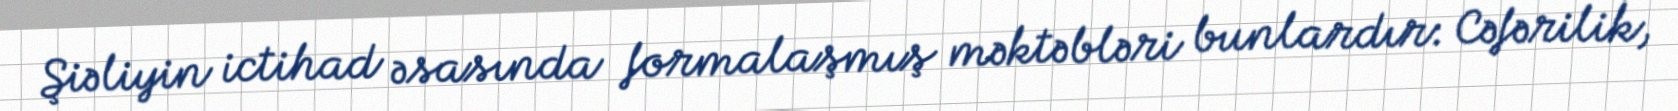
Şiəliyin ictihad əsasında formalaşmış məktəbləri bunlardır: Cəfərilik,